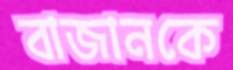
বাজানকে